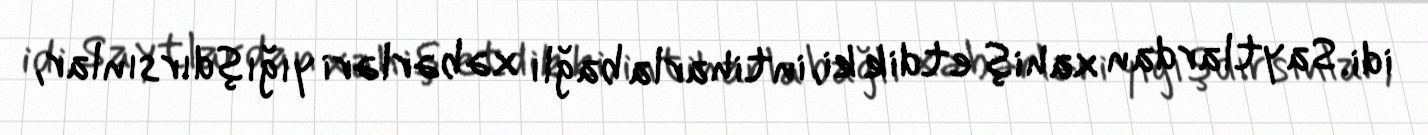
idi. Saytlardan xahiş etdik ki, intiharla bağlı xəbərləri yığışdırsınlar,